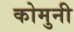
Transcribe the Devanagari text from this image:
कोमुनी